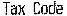
TAX CODE